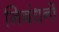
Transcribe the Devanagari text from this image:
निबंधनों